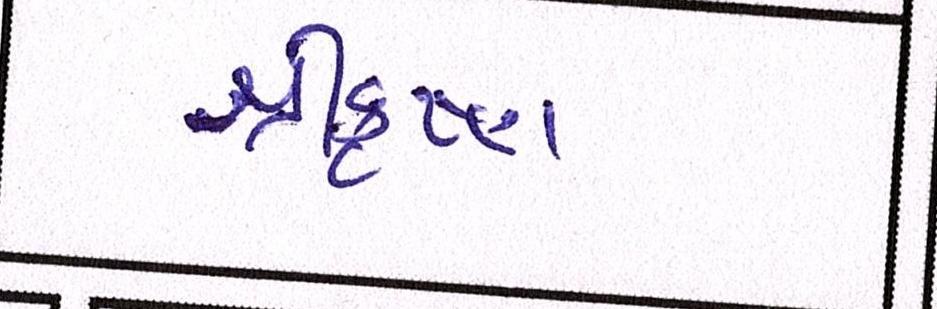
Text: શ્રીકૃષ્ણ